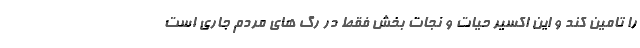
را تامین کند و این اکسیر حیات و نجات بخش فقط در رگ های مردم جاری است